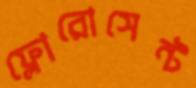
ফ্লোরোসেন্ট